Lunatic asylums in Bengal annual reports 1888-1898 - 1888-1898
Year: 1888
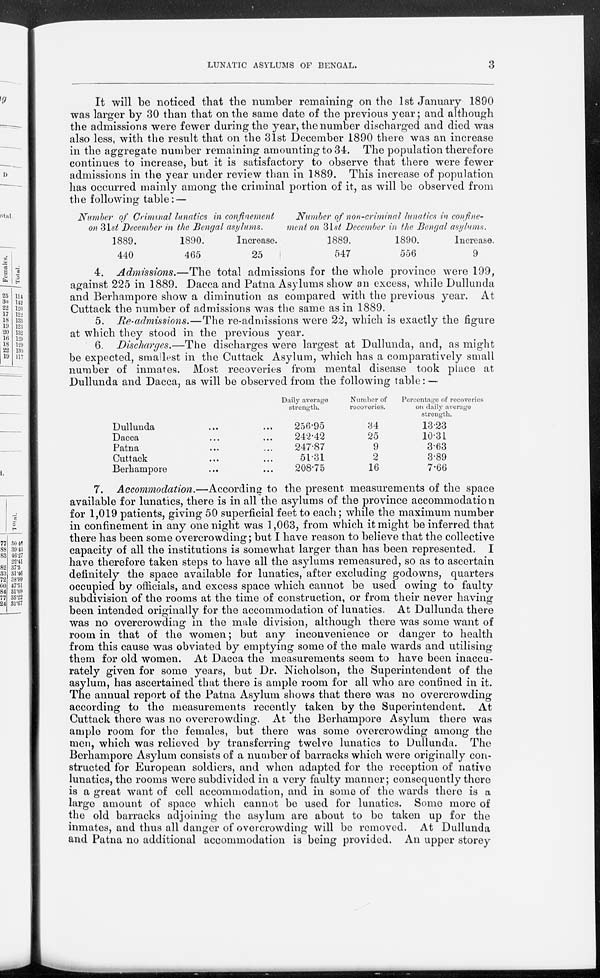
LUNATIC ASYLUMS OF BENGAL.
3
It will be noticed that the number remaining on the 1st January 1890
was larger by 30 than that on the same date of the previous year; and although
the admissions were fewer during the year, the number discharged and died was
also less, with the result that on the 31st December 1890 there was an increase
in the aggregate number remaining amounting to 34. The population therefore
continues to increase, but it is satisfactory to observe that there were fewer
admissions in the year under review than in 1889. This increase of population
has occurred mainly among the criminal portion of it, as will be observed from
the following table: —
Number of Criminal lunatics in confinement
on 31st December in the Bengal asylums.
1889.
440
1890.
465
Increase.
25
Number of non-criminal lunatics in confine¬
ment on 31st December in the Bengal asylums.
1889.
547
1890.
556
Increase.
9
4. Admissions.—The total admissions for the whole province were 199,
against 225 in 1889. Dacca and Patna Asylums show an excess, while Dullunda
and Berhampore show a diminution as compared with the previous year. At
Cuttack the number of admissions was the same as in 1889.
at which they stood in the previous year.
6. Discharges.—The discharges were largest at Dullunda, and, as might
be expected, smallest in the Cuttack Asylum, which has a comparatively small
number of inmates. Most recoveries from mental disease took place at
Dullunda and Dacca, as will be observed from the following table: —
Dullunda
... ...
Dacca ... ...
Patna
...
...
Cuttack
...
...
Berhampore. ... ...
Daily average
strength.
256.95
242.42
247.87
51.31
208.75
Number of
recoveries.
34
25
9
2
16
Percentage of recoveries
on daily average
strength.
13.23
10.31
3.63
3.89
7.66
7. Accommodation.—According to the present measurements of the space
available for lunatics, there is in all the asylums of the province accommodation
for 1,019 patients, giving 50 superficial feet to each; while the maximum number
in confinement in any one night was 1,063, from which it might be inferred that
there has been some overcrowding; but I have reason to believe that the collective
capacity of all the institutions is somewhat larger than has been represented. I
have therefore taken steps to have all the asylums remeasured, so as to ascertain
definitely the space available for lunatics, after excluding godowns, quarters
occupied by officials, and excess space which cannot be used owing to faulty
subdivision of the rooms at the time of construction, or from their never having
been intended originally for the accommodation of lunatics. At Dullunda there
was no overcrowding in the male division, although there was some want of
room in that of the women; but any inconvenience or danger to health
from this cause was obviated by emptying some of the male wards and utilising
them for old women. At Dacca the measurements seem to have been inaccu-
rately given for some years, but Dr. Nicholson, the Superintendent of the
asylum, has ascertained that there is ample room for all who are confined in it.
The annual report of the Patna Asylum shows that there was no overcrowding
according to the measurements recently taken by the Superintendent. At
Cuttack there was no overcrowding. At the Berhampore Asylum there was
ample room for the females, but there was some overcrowding among the
men, which was relieved by transferring twelve lunatics to Dullunda. The
Berhampore Asylum consists of a number of barracks which were originally con-
structed for European soldiers, and when adapted for the reception of native
lunatics, the rooms were subdivided in a very faulty manner; consequently there
is a great want of cell accommodation, and in some of the wards there is a
large amount of space which cannot be used for lunatics. Some more of
the old barracks adjoining the asylum are about to be taken up for the
inmates, and thus all danger of overcrowding will be removed. At Dullunda
and Patna no additional accommodation is being provided. An upper storey